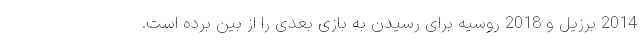
2014 برزیل و 2018 روسیه برای رسیدن به بازی بعدی را از بین برده است.